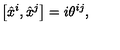
\left[ \hat { x } ^ { i } , \hat { x } ^ { j } \right] = i \theta ^ { i j } ,